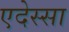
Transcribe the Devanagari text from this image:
एदेस्सा